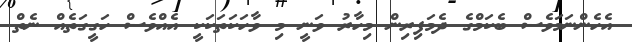
އެހެންނަމަވެސް ބެކަމްގެ ދެމަފިރިން މިހާރު ވަނީ މި ވާހަކަތަކަކީ އެއްވެސް ހަގީގަތެއް ނެތް